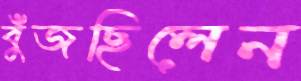
বুঁজছিলেন